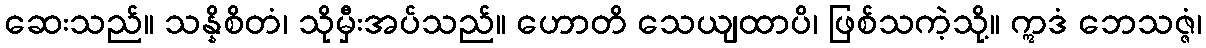
ဆေးသည်။ သန္နိစိတံ၊ သိုမှီးအပ်သည်။ ဟောတိ သေယျထာပိ၊ ဖြစ်သကဲ့သို့။ ဣဒံ ဘေသဇ္ဇံ၊